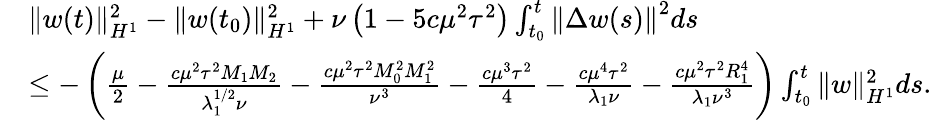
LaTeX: \begin{array}{rl}&{\| w(t)\| _{H^{1}}^{2}-\| w(t_{0})\| _{H^{1}}^{2}+\nu\left(1-5c\mu^{2}\tau^{2}\right)\int_{t_{0}}^{t}\left\| \Delta w(s)\right\| ^{2}ds}\\ &{\leq-\left(\frac{\mu}{2}-\frac{c\mu^{2}\tau^{2}M_{1}M_{2}}{\lambda_{1}^{1/2}\nu}-\frac{c\mu^{2}\tau^{2}M_{0}^{2}M_{1}^{2}}{\nu^{3}}-\frac{c\mu^{3}\tau^{2}}{4}-\frac{c\mu^{4}\tau^{2}}{\lambda_{1}\nu}-\frac{c\mu^{2}\tau^{2}R_{1}^{4}}{\lambda_{1}\nu^{3}}\right)\int_{t_{0}}^{t}\| w\| _{H^{1}}^{2}ds.}\end{array}